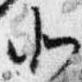
北